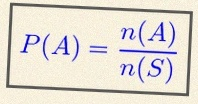
P(A)=\frac{n(A)}{n(S)}